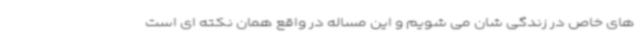
های خاص در زندگی شان می شویم و این مساله در واقع همان نکته ای است